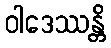
ဝါဒေဿန္တိ